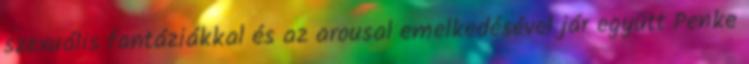
szexuális fantáziákkal és az arousal emelkedésével jár együtt Penke